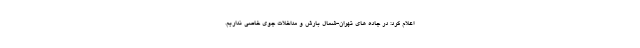
اعلام کرد: در جاده های تهران-شمال بارش و مداخلات جوی خاصی نداریم.